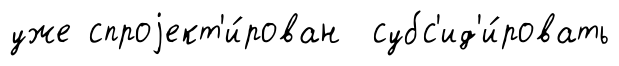
уже спроjект'и́рован субс'ид'и́ровать